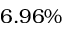
6 . 9 6 \%